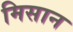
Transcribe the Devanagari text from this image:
मिसान